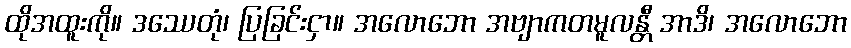
ထိုအထူးကို။ ဒဿေတုံ၊ ပြခြင်းငှာ။ အလောဘော အဗျာကတမူလန္တီ အာဒိ၊ အလောဘော